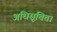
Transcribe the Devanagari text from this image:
अधिसूचित।